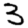
Digit: 3